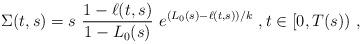
LaTeX: \begin{align*}\Sigma(t,s) = s\ \frac{1-\ell(t,s)}{1-L_0(s)}\ e^{(L_0(s)-\ell(t,s))/k}\ , t\in [0,T(s))\ , \end{align*}